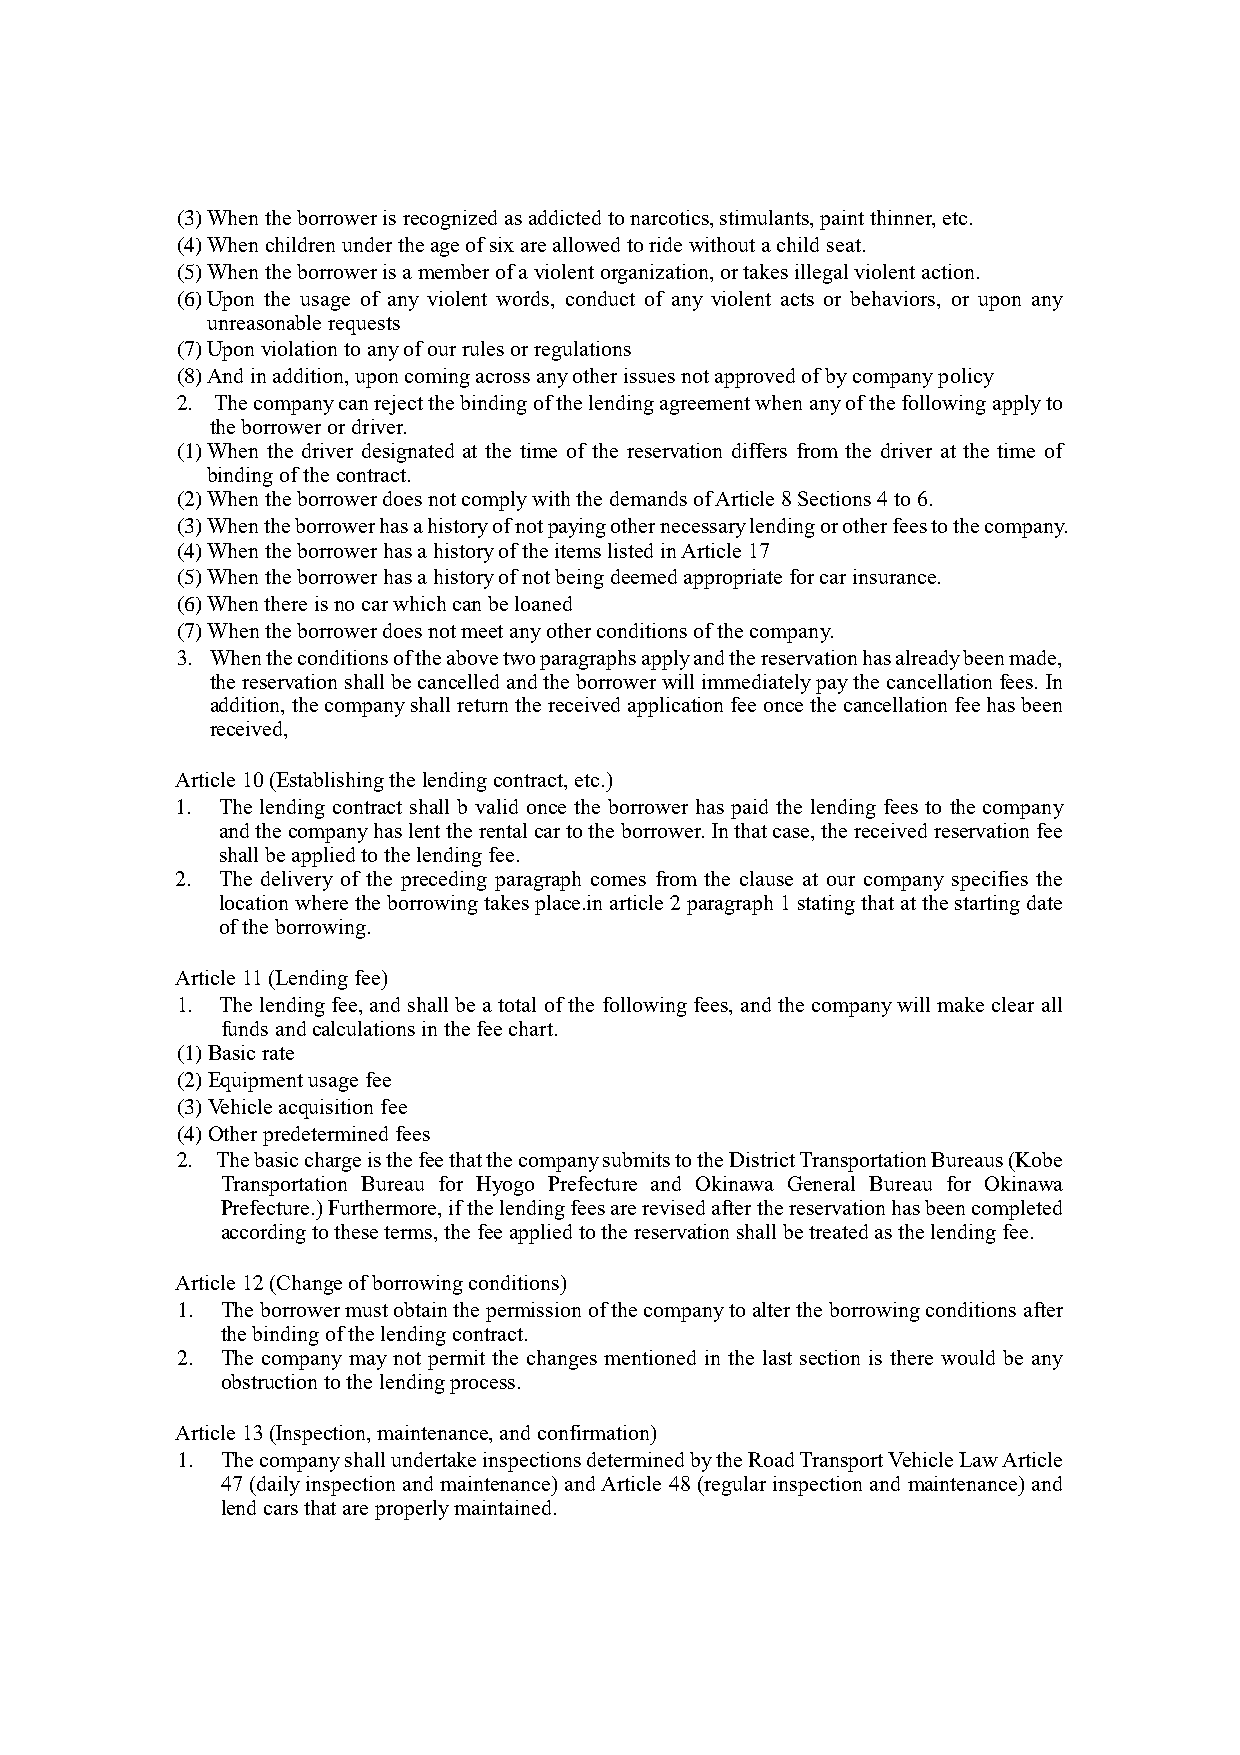
(3) When the borrower is recognized as addicted to narcotics, stimulants, paint thinner, etc.
 (4) When children under the age of six are allowed to ride without a child seat.
 (5) When the borrower is a member of a violent organization, or takes illegal violent action.
 (6) Upon the usage of any violent words, conduct of any violent acts or behaviors, or upon any
 unreasonable requests
 (7) Upon violation to any of our rules or regulations
 (8) And in addition, upon coming across any other issues not approved of by company policy
 2. The company can reject the binding of the lending agreement when any of the following apply to
 the borrower or driver.
 (1) When the driver designated at the time of the reservation differs from the driver at the time of
 binding of the contract.
 (2) When the borrower does not comply with the demands of Article 8 Sections 4 to 6.
 (3) When the borrower has a history of not paying other necessary lending or other fees to the company.
 (4) When the borrower has a history of the items listed in Article 17
 (5) When the borrower has a history of not being deemed appropriate for car insurance.
 (6) When there is no car which can be loaned
 (7) When the borrower does not meet any other conditions of the company.
 3. When the conditions of the above two paragraphs apply and the reservation has already been made,
 the reservation shall be cancelled and the borrower will immediately pay the cancellation fees. In
 addition, the company shall return the received application fee once the cancellation fee has been
 received,
 Article 10 (Establishing the lending contract, etc.)
 1. The lending contract shall b valid once the borrower has paid the lending fees to the company
 and the company has lent the rental car to the borrower. In that case, the received reservation fee
 shall be applied to the lending fee.
 2. The delivery of the preceding paragraph comes from the clause at our company specifies the
 location where the borrowing takes place.in article 2 paragraph 1 stating that at the starting date
 of the borrowing.
 Article 11 (Lending fee)
 1. The lending fee, and shall be a total of the following fees, and the company will make clear all
 funds and calculations in the fee chart.
 (1) Basic rate
 (2) Equipment usage fee
 (3) Vehicle acquisition fee
 (4) Other predetermined fees
 2. The basic charge is the fee that the company submits to the District Transportation Bureaus (Kobe
 Transportation Bureau for Hyogo Prefecture and Okinawa General Bureau for Okinawa
 Prefecture.) Furthermore, if the lending fees are revised after the reservation has been completed
 according to these terms, the fee applied to the reservation shall be treated as the lending fee.
 Article 12 (Change of borrowing conditions)
 1. The borrower must obtain the permission of the company to alter the borrowing conditions after
 the binding of the lending contract.
 2. The company may not permit the changes mentioned in the last section is there would be any
 obstruction to the lending process.
 Article 13 (Inspection, maintenance, and confirmation)
 1. The company shall undertake inspections determined by the Road Transport Vehicle Law Article
 47 (daily inspection and maintenance) and Article 48 (regular inspection and maintenance) and
 lend cars that are properly maintained.